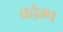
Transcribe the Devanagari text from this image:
कोम्प